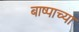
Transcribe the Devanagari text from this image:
बाष्पाच्या